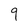
Character: 9